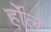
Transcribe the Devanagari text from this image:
र्होल